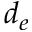
d _ { e }